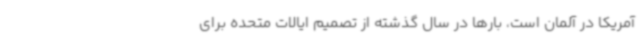
آمریکا در آلمان است، بارها در سال گذشته از تصمیم ایالات متحده برای